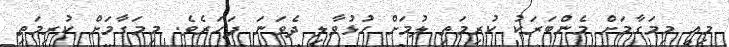
މިއީ މިމަގާމަށް މެންބަރަކު ކުރިމަތި ލުމަށް ހުޅުވާލި ދެވަނަ ފަހަރެވެ. މިމަގާމަށް ކުރިމަތި